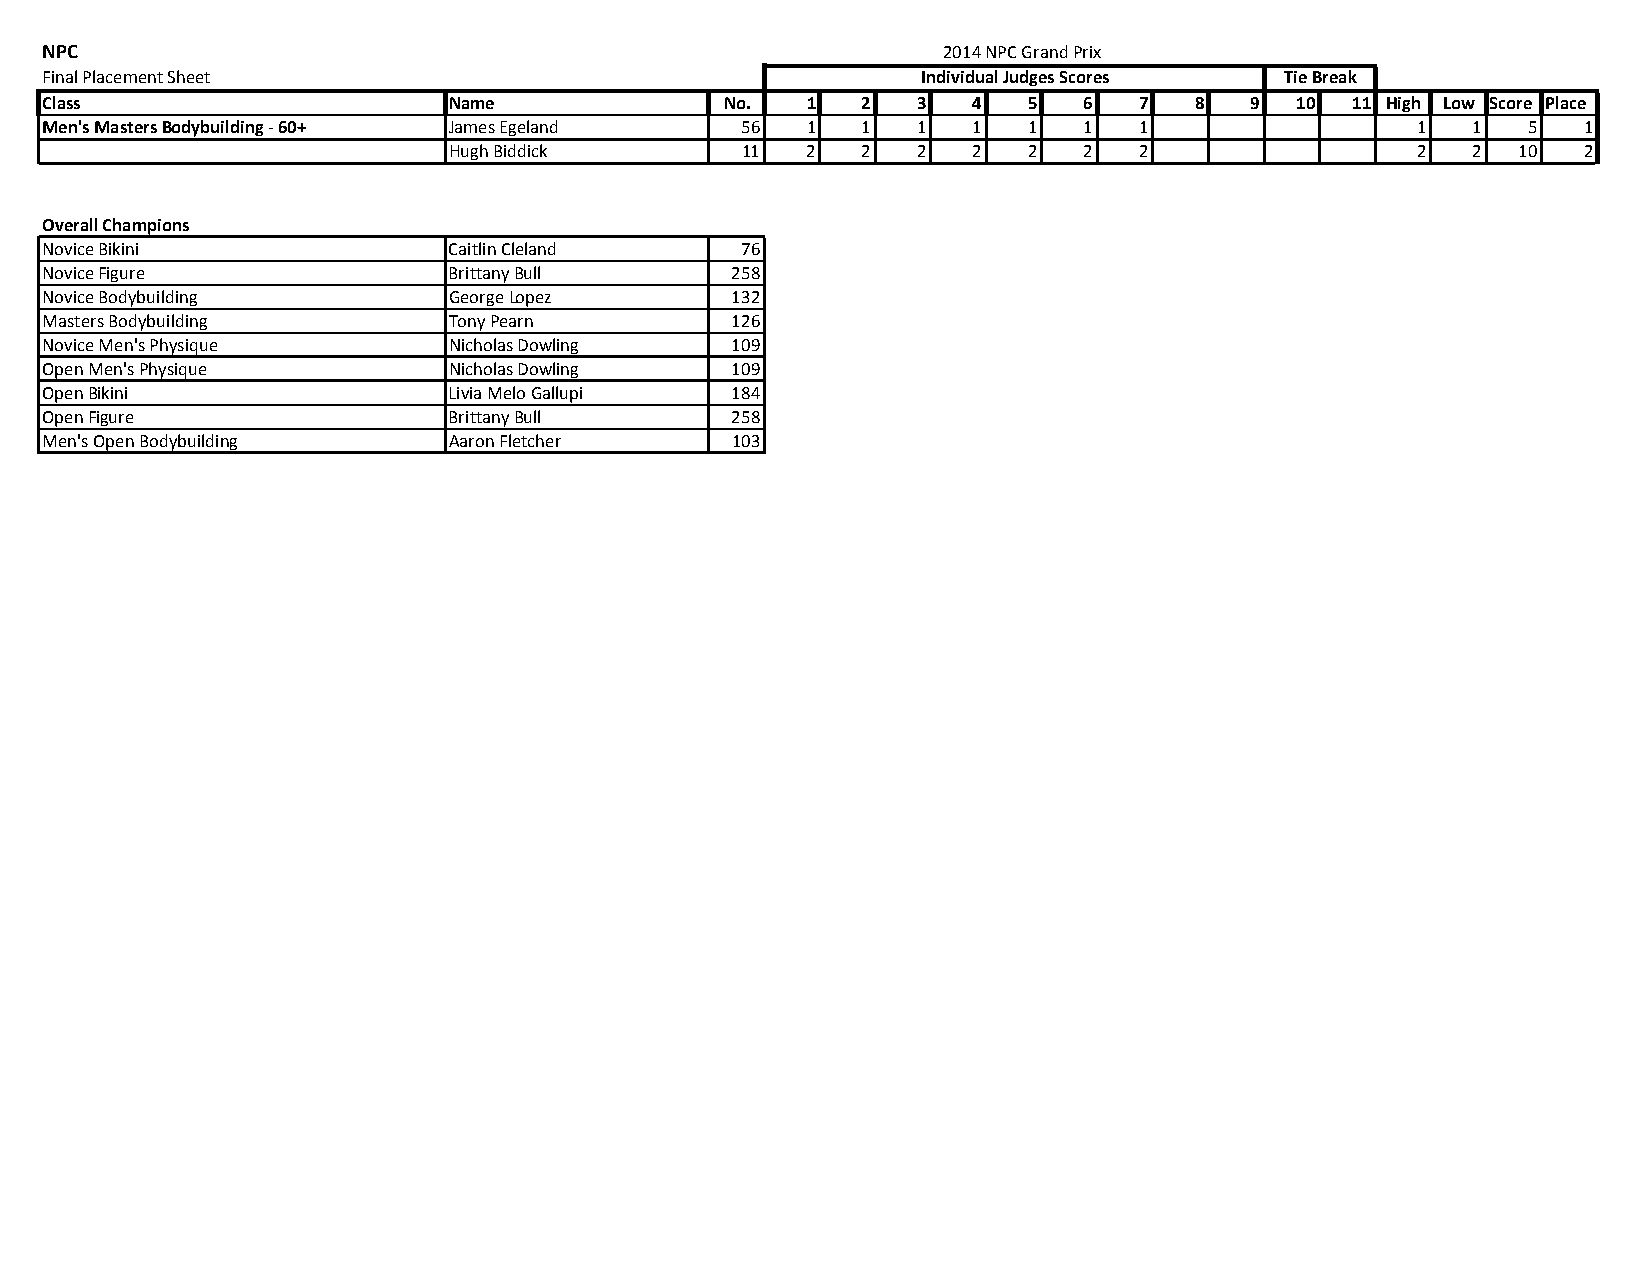
NPC                                                        2014 NPC Grand Prix
 Final Placement Sheet                                     Individual Judges Scores Tie Break
 Class                      Name              No.  1   2   3  4   5   6  7   8   9  10 11 High Low Score Place
 Men's Masters Bodybuilding ‐ 60+ James Egeland 56 1   1   1  1   1   1  1                  1  1   5   1
 Hugh Biddick       11  2   2   2  2   2   2  2                  2  2   10  2
 Overall Champions
 Novice Bikini              Caitlin Cleland    76
 Novice Figure              Brittany Bull     258
 Novice Bodybuilding        George Lopez      132
 Masters Bodybuilding       Tony Pearn        126
 Novice Men's Physique      Nicholas Dowling  109
 Open Men's Physique        Nicholas Dowling  109
 Open Bikini                Livia Melo Gallupi 184
 Open Figure                Brittany Bull     258
 Men's Open Bodybuilding    Aaron Fletcher    103